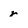
Character: r